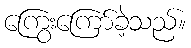
ကြွေးကြော်ခဲ့သည်။